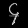
Digit: ၄